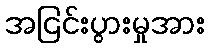
အငြင်းပွားမှုအား